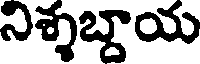
నిశ్శబ్దాయ